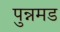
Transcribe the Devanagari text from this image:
पुन्नमड